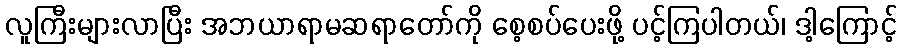
လူကြီးများလာပြီး အဘယာရာမဆရာတော်ကို စေ့စပ်ပေးဖို့ ပင့်ကြပါတယ်၊ ဒါ့ကြောင့်